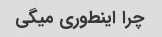
چرا اینطوری میگی